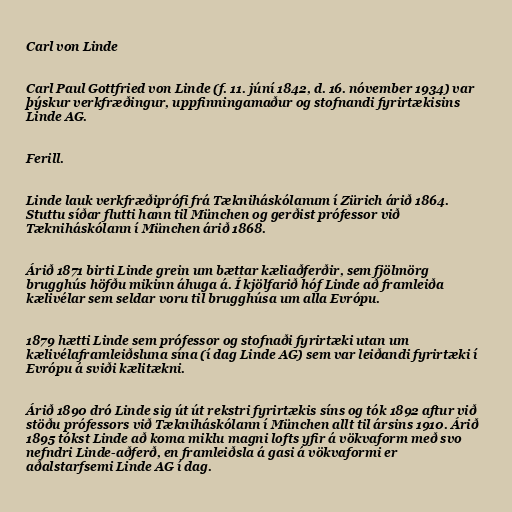
Carl von Linde

Carl Paul Gottfried von Linde (f. 11. júní 1842, d. 16. nóvember 1934) var
þýskur verkfræðingur, uppfinningamaður og stofnandi fyrirtækisins
Linde AG.

Ferill.

Linde lauk verkfræðiprófi frá Tækniháskólanum í Zürich árið 1864.
Stuttu síðar flutti hann til München og gerðist prófessor við
Tækniháskólann í München árið 1868.

Árið 1871 birti Linde grein um bættar kæliaðferðir, sem fjölmörg
brugghús höfðu mikinn áhuga á. Í kjölfarið hóf Linde að framleiða
kælivélar sem seldar voru til brugghúsa um alla Evrópu.

1879 hætti Linde sem prófessor og stofnaði fyrirtæki utan um
kælivélaframleiðsluna sína (í dag Linde AG) sem var leiðandi fyrirtæki í
Evrópu á sviði kælitækni.

Árið 1890 dró Linde sig út út rekstri fyrirtækis síns og tók 1892 aftur við
stöðu prófessors við Tækniháskólann í München allt til ársins 1910. Árið
1895 tókst Linde að koma miklu magni lofts yfir á vökvaform með svo
nefndri Linde-aðferð, en framleiðsla á gasi á vökvaformi er
aðalstarfsemi Linde AG í dag.